Medical and sanitary report of the native army of Bengal for the year
Year: 1876
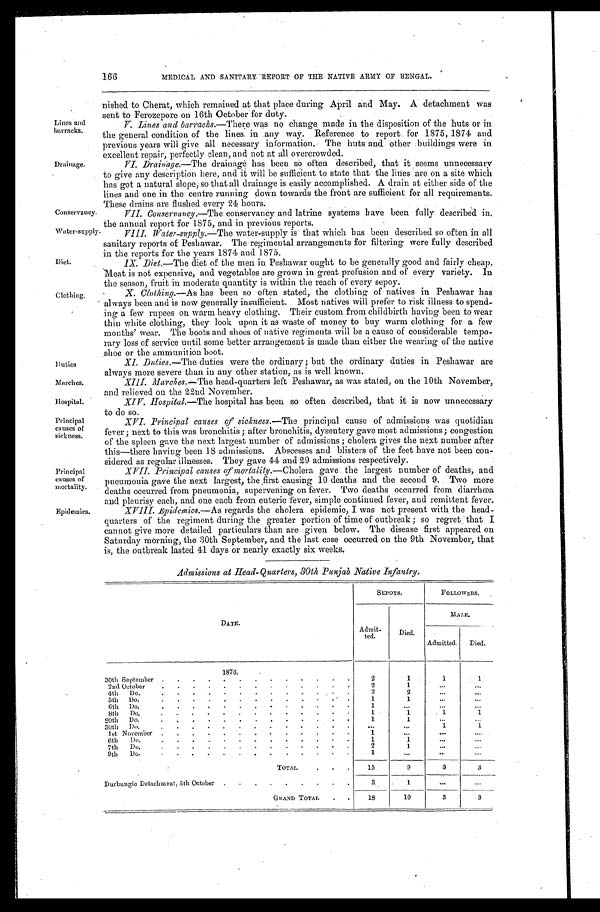
Lines and
barracks.
Drainage.
Conservancy,
Water-supply
Diet.
Clothing.
Duties
Marches,
Hospital.
Principal
causes of
sickness.
Principal
causes of
mortality.
Epidemics.
166
MEDICAL AND SANITARY REPORT OF THE NATIVE ARMY OF BENGAL.
nished to Cherat, which remained at that place during April and May. A detachment was
sent to Ferozepore on 16th October for duty.
V. Lines and barracks.—There was no change made in the disposition of the huts or in
the general condition of the lines in any way. Reference to report for 1875, 1874 and
previous years will give all necessary information. The huts and other buildings were in
excellent repair, perfectly clean, and not at all overcrowded.
VI. Drainage. —The drainage has been so often described, that it seems unnecessary
to give any description here, and it will be sufficient to state that the lines are on a site which
has got a natural slope, so that all drainage is easily accomplished. A drain at either side of the
lines and one in the centre running down towards the front are sufficient for all requirements.
These drains are flushed every 24 hours.
n t h e a n n u a l r e p o r t f o r 1 8 7 5 , a n d i n p r e v i o u s r e p o r t s .
sanitary reports of Peshawar. The regimental arrangements for filtering were fully described
in the reports for the years 1874 and 1875.
1X. Diet.—The diet of the men in Peshawar ought to be generally good and fairly cheap.
Meat is not expensive, and vegetables are grown in great profusion and of every variety. In
the season, fruit in moderate quantity is within the reach of every sepoy.
X. Clothing.—As has been so often stated, the clothing of natives in Peshawar has
always been and is now generally insufficient. Most natives will prefer to risk illness to spend
- i n g a f e w r u p e e s o n w a r m h e a v y c l o t h i n g . T h e i r c u s t o m f r o m c h i l d b i r t h h a v i n g b e e n t o w e a r
thin white clothing, they look upon it as waste of money to buy warm clothing for a few
months' wear. The boots and shoes of native regiments will be a cause of considerable tempo
- r a r y l o s s o f s e r v i c e u n t i l s o m e b e t t e r a r r a n g e m e n t i s m a d e t h a n e i t h e r t h e w e a r i n g o f t h e n a t i v e
shoe or the ammunition boot.
XI. Duties. —The duties were the ordinary; but the ordinary duties in Peshawar are
always more severe than in any other station, as is well known.
XIII. Marches. —The head-quarters left Peshawar, as was stated, on the 10th November,
and relieved on the 22nd November.
XIV. Hospital.—The hospital has been so often described, that it is now unnecessary
to do so.
XVI. Principal causes of sickness. —The principal cause of admissions was quotidian
fever; next to this was bronchitis; after bronchitis, dysentery gave most admissions; congestion
of the spleen gave the next largest number of admissions; cholera gives the next number after
this—there having been 18 admissions. Abscesses and blisters of the feet have not been con
- s i d e r e d a s r e g u l a r i l l n e s s e s . T h e y g a v e 4 4 a n d 2 9 a d m i s s i o n s r e s p e c t i v e l y .
XVII. Principal causes of mortality. —Cholera gave the largest number of deaths, and
pneumonia gave the next largest, the first causing 10 deaths and the second 9. Two more
deaths occurred from pneumonia, supervening on fever. Two deaths occurred from diarrhœa
and pleurisy each, and one each from enteric fever, simple continued fever, and remittent fever.
XVIII. Epidemics.—As regards the cholera epidemic, I was not present with the head
- q u a r t e r s o f t h e r e g i m e n t d u r i n g t h e g r e a t e r p o r t i o n o f t i m e o f o u t b r e a k ; s o r e g r e t t h a t I
cannot give more detailed particulars than are given below. The disease first appeared on
Saturday morning, the 30th September, and the last case occurred on the 9th November, that
is, the outbreak lasted 41 days or nearly exactly six weeks.
Admissions at Head-Quarters, 30th Punjab Native Infantry.
DATE.
SEPOYS.
FOLLOWERS.
Admit-
ted.
Died.
MALE.
Admitted. Died.
1876.
30th September
2
1
1
1
2nd October
2
1
4th Do.
2
2
5th Do.
1
1
6th Do.
1
8th
Do.
1
1
1
1
20th Do.
1
1
30th Do
1
1
1st November
1
6th Do.
1
1
7th Do
2
1
9th Do
1
TOTAL
15
9
3
3
Durbungie Detachment, 5th October
3
1
GRAND TOTAL
18
10
3
3